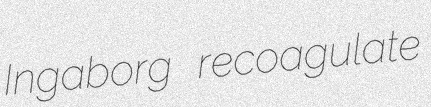
Ingaborg recoagulate